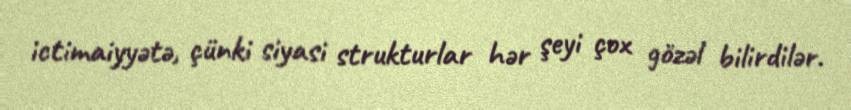
ictimaiyyətə, çünki siyasi strukturlar hər şeyi çox gözəl bilirdilər.